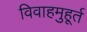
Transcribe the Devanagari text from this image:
विवाहमुहूर्त